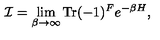
{ \cal I } = \lim _ { \beta \rightarrow \infty } \mathrm { T r } ( - 1 ) ^ { F } e ^ { - \beta H } ,